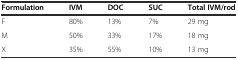
| Formulation | IVM | DOC | SUC | Total IVM/rod |
 | --- | --- | --- | --- | --- |
 | F | 80% | 13% | 7% | 29 mg |
 | M | 50% | 33% | 17% | 18 mg |
 | X | 35% | 55% | 10% | 13 mg |